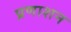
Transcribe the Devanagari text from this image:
प्रणाशन